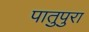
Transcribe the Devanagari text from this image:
पातुपुरा